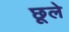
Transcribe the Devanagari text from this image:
छूले